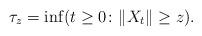
LaTeX: \begin{align*}\tau_z = \inf (t \geq 0 \colon \|X_t\| \geq z).\end{align*}